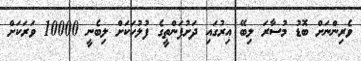
ވެރިންނަށް ބޮޑު މުސާރަ ލިބޭ އިރުގައި ދަށުފަންތީގެ ފުލުހަކަށް ލިބެނީ 10000 ވަރަކަށް